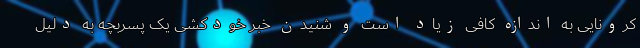
کرونایی به اندازه کافی زیاد است و شنیدن خبر خودکشی یک پسربچه به دلیل